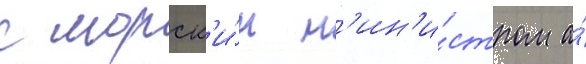
с морск'и́м м'ин'и́стром а́